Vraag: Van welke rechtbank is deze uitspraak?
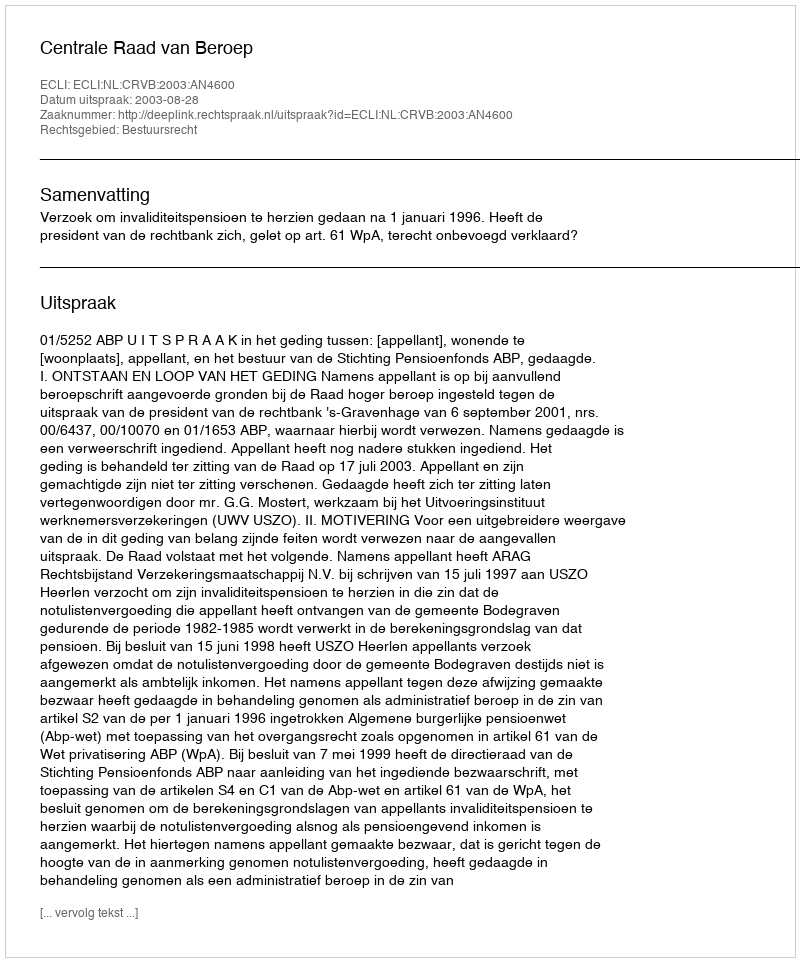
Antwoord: Centrale Raad van Beroep